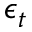
\epsilon _ { t }